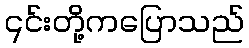
၎င်းတို့ကပြောသည်